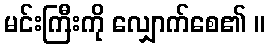
မင်းကြီးကို လျှောက်စေ၏ ။